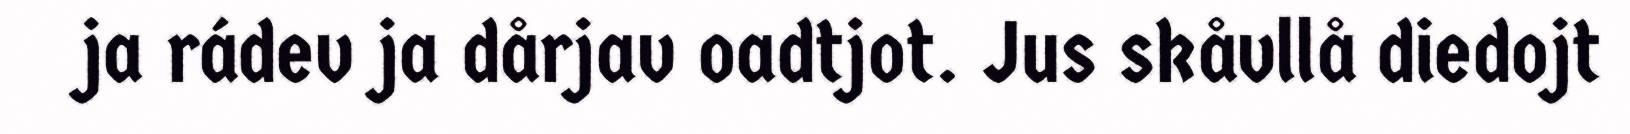
ja rádev ja dårjav oadtjot. Jus skåvllå diedojt